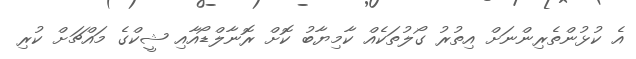
އެ ކުޅުންތެރިންނަށް އިތުރު ގޯލުތަކެއް ކާމިޔާބު ކޮށް ރޮނާލްޑޯއާއި ޝީކްގެ މައްޗަށް ކުރި